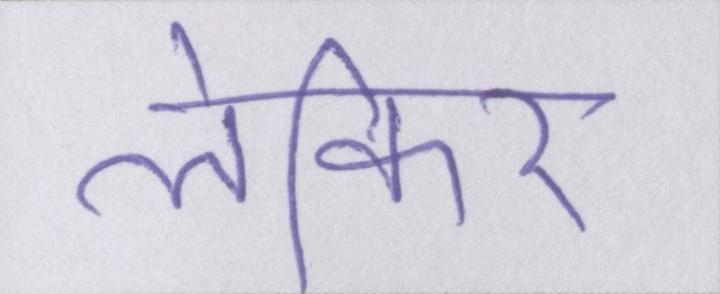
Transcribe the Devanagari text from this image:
लेकिर